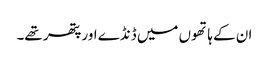
ان کے ہاتھوں میں ڈنڈے اور پتھر تھے۔